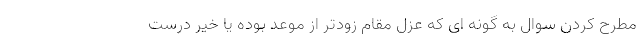
مطرح کردن سوال به گونه ای که عزل مقام زودتر از موعد بوده یا خیر درست